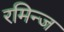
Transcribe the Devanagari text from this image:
रमिन्ज